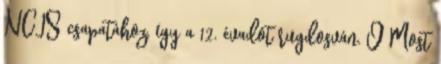
NCIS csapatához, így a 12. évadot rugdosván. Ö Most